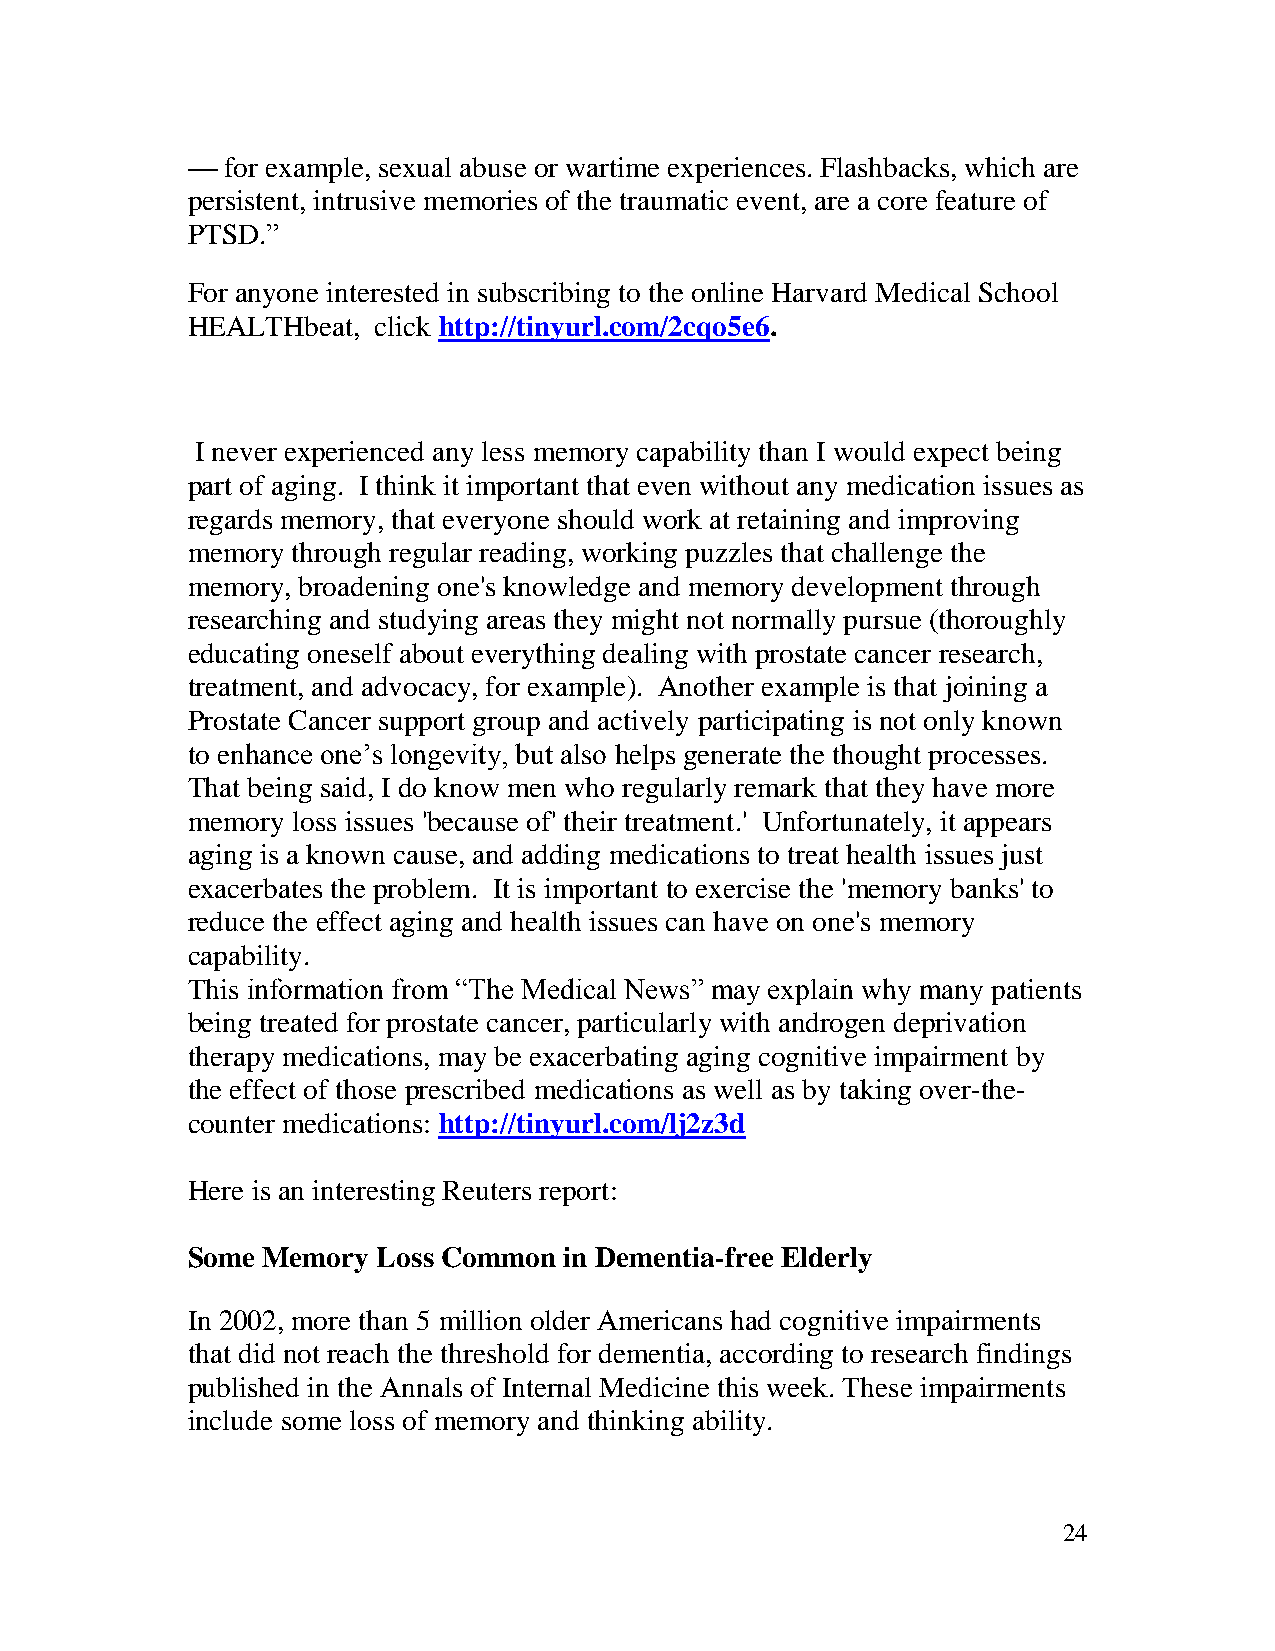
—  for example, sexual abuse or wartime experiences. Flashbacks, which are
 persistent, intrusive memories of the traumatic event, are a core feature of
 PTSD.”
 For anyone interested in subscribing to the online Harvard Medical School
 HEALTHbeat,  click http://tinyurl.com/2cqo5e6.
 I never experienced any less memory capability than I would expect being
 part of aging. I think it important that even without any medication issues as
 regards memory, that everyone should work at retaining and improving
 memory through regular reading, working puzzles that challenge the
 memory, broadening one's knowledge and memory development through
 researching and studying areas they might not normally pursue (thoroughly
 educating oneself about everything dealing with prostate cancer research,
 treatment, and advocacy, for example). Another example is that joining a
 Prostate Cancer support group and actively participating is not only known
 to enhance one’s longevity, but also helps generate the thought processes.
 That being said, I do know men who regularly remark that they have more
 memory loss issues 'because of' their treatment.' Unfortunately, it appears
 aging is a known cause, and adding medications to treat health issues just
 exacerbates the problem. It is important to exercise the 'memory banks' to
 reduce the effect aging and health issues can have on one's memory
 capability.
 This information from “The Medical News” may explain why many patients
 being treated for prostate cancer, particularly with androgen deprivation
 therapy medications, may be exacerbating aging cognitive impairment by
 the effect of those prescribed medications as well as by taking over-the-
 counter medications: http://tinyurl.com/lj2z3d
 Here is an interesting Reuters report:
 Some Memory  Loss Common in Dementia-free Elderly
 In 2002, more than 5 million older Americans had cognitive impairments
 that did not reach the threshold for dementia, according to research findings
 published in the Annals of Internal Medicine this week. These impairments
 include some loss of memory and thinking ability.
 24